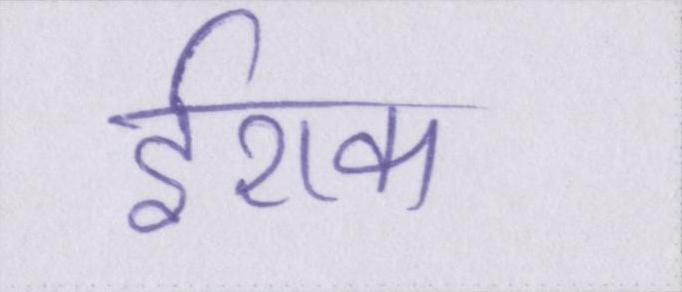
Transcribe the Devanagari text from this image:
ईराक